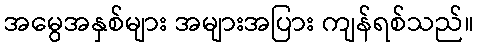
အမွေအနှစ်များ အများအပြား ကျန်ရစ်သည်။